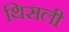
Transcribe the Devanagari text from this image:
थिसली